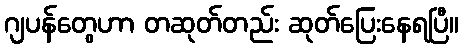
ဂျပန်တွေဟာ တဆုတ်တည်း ဆုတ်ပြေးနေရပြီ။